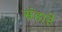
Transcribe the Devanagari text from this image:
संहारे